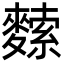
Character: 𪍟